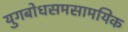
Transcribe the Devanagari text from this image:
युगबोधसमसामयिक